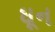
ઘૂન